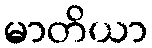
မာတိယာ